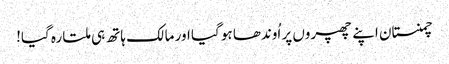
چمنستان اپنے چھپروں پر اُوندھا ہو گیا اور مالک ہاتھ ہی ملتا رہ گیا!